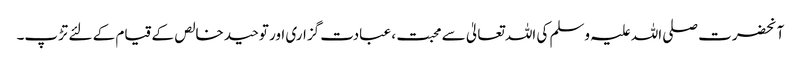
آنحضرت صلی اللہ علیہ وسلم کی اللہ تعالیٰ سے محبت ، عبادت گزاری اور توحید خالص کے قیام کے لئے تڑپ۔